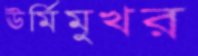
ঊর্মিমুখর